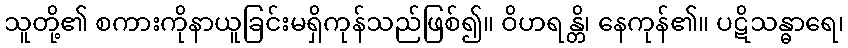
သူတို့၏ စကားကိုနာယူခြင်းမရှိကုန်သည်ဖြစ်၍။ ဝိဟရန္တိ၊ နေကုန်၏။ ပဋိသန္ဓာရေ၊